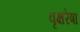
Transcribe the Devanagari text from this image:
वृक्षरेषा